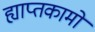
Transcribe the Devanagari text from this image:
ह्याप्तकामो